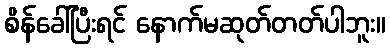
စိန်ခေါ်ပြီးရင် နောက်မဆုတ်တတ်ပါဘူး။